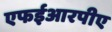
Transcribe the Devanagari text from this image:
एफईआरपीए